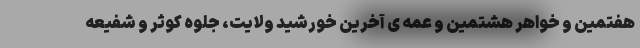
هفتمین و خواهر هشتمین و عمه ی آخرین خورشید ولایت، جلوه کوثر و شفیعه